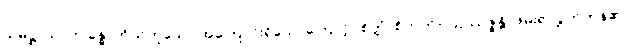
သမုဋ္ဌာယ၊ ဤခန္ဓာကိုယ်ဟူသော အကြောင်းရှိသောကြောင့်။ စိတ္တံ၊ စိတ်ကို။ ဩဿဇ္ဇန္တိ၊ ဖမ်း၍လွှတ်ကုန်၏။